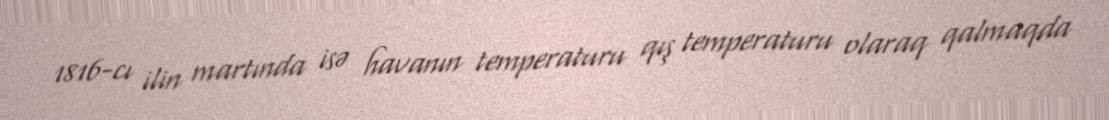
1816-cı ilin martında isə havanın temperaturu qış temperaturu olaraq qalmaqda